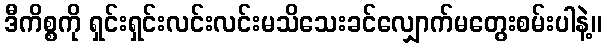
ဒီကိစ္စကို ရှင်းရှင်းလင်းလင်းမသိသေးခင်လျှောက်မတွေးစမ်းပါနဲ့။